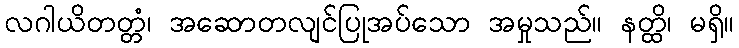
လဂါယိတတ္တံ၊ အဆောတလျင်ပြုအပ်သော အမှုသည်။ နတ္ထိ၊ မရှိ။